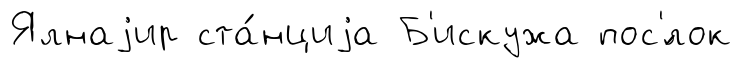
Ялнаjир ста́нциjа Б'искужа пос'́лок